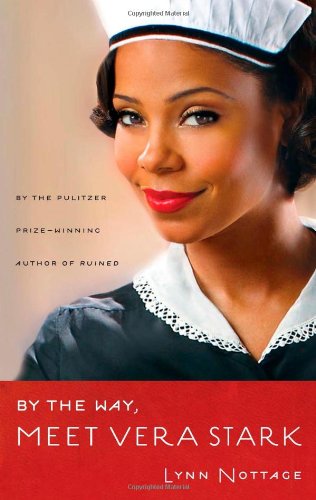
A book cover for By the Way, Meet Vera Stark (TCG Edition); Lynn Nottage; Literature & Fiction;